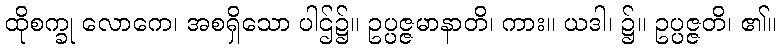
ထိုစက္ခု လောကေ၊ အစရှိသော ပါဌ်၌။ ဥပ္ပဇ္ဇမာနာတိ၊ ကား။ ယဒါ၊ ၌။ ဥပ္ပဇ္ဇတိ၊ ၏။